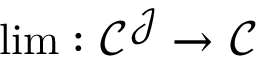
\operatorname* { l i m } : { \mathcal { C } } ^ { \mathcal { J } } \to { \mathcal { C } }